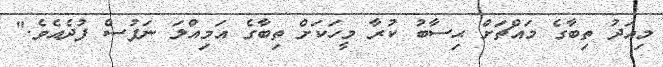
މިއަދު ތިބާގެ މައްޗަށް ޙިސާބު ކުރާ މީހަކަށް ތިބާގެ އަމިއްލަ ނަފުސް ފުދެއެވެ."